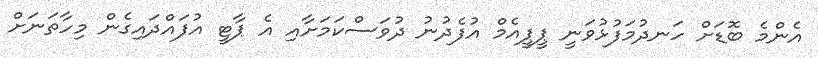
އެންމެ ބޮޑަށް ހަނދުމަފުޅުވަނީ ޕީޕީއެމް އުފެދުނު ދުވަސްކަމަށާއި އެ ޕާޓީ އުފައްދައިގެން މިހާތަނަށް